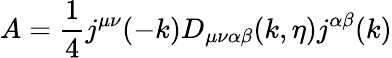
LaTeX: A=\frac{1}{4}j^{\mu\nu}(-k)D_{\mu\nu\alpha\beta}(k,\eta)j^{\alpha\beta}(k)